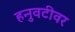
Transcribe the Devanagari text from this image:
हनुवटीवर